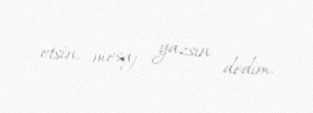
etsin, mesaj yazsın dedim.